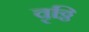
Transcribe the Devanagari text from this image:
वृठ्ठि